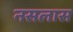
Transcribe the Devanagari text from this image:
नसलास